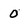
Character: 0